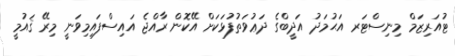
ޓުއަރިޒަމް މިނިސްޓަރ އަޙުމަދު އަދީބްގެ ދަޢުވަތުފުޅަކަށް އޭކޮން ރާއްޖެ އައިސްފައިމިވަނީ މިރޭ ޤައުމީ